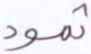
ثمود